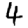
Digit: 4